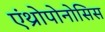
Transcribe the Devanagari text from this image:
एंथ्रोपोनोसिस